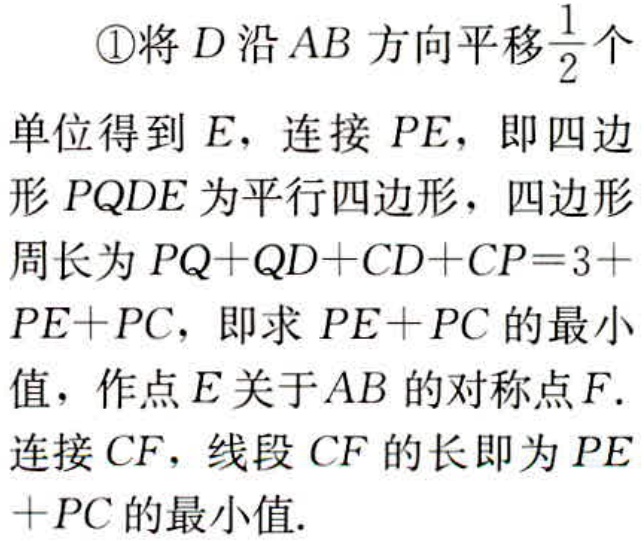
\textcircled{1}将\(D\)沿\(AB\)方向平移\(\frac{1}{2}\)个单位得到\(E\)，连接\(PE\)，即四边形\(PQDE\)为平行四边形，四边形周长为\(PQ + QD + CD + CP=3 + PE + PC\)，即求\(PE + PC\)的最小值，作点\(E\)关于\(AB\)的对称点\(F\).连接\(CF\)，线段\(CF\)的长即为\(PE + PC\)的最小值.